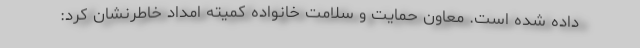
داده شده است. معاون حمایت و سلامت خانواده کمیته امداد خاطرنشان کرد: